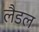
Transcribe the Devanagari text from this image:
लैडल